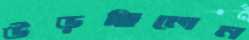
উড়ছিলেন